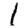
Digit: 1